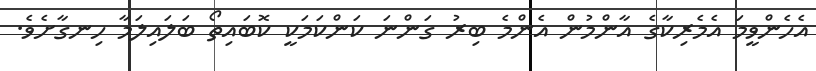
އެހެންވީމަ އެމެރިކާގެ އާންމުން އެންމެ ބިރު ގަންނަ ކަންކަމަކީ ކޮބައިތޯ ބަލައިލަމާ ހިނގާށެވެ.